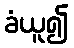
ခံယူ၍